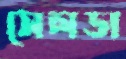
সেলডা